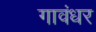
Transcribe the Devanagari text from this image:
गावंधर